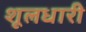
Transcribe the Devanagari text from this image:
शूलधारी